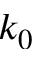
k _ { 0 }